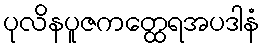
ပုလိနပူဇကတ္ထေရအပဒါနံ